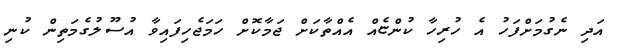
އަދި ނެގުމަށްފަހު އެ ހުރިހާ ކުންޏެއް އެއްތާކަށް ޖަމާކޮށް ހަމަޖެހިފައިވާ އުސޫލުގެމަތިން ކުނި